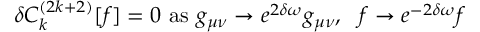
\delta C _ { k } ^ { ( 2 k + 2 ) } [ f ] = 0 \mathrm { ~ a s ~ } g _ { \mu \nu } \rightarrow e ^ { 2 \delta \omega } g _ { \mu \nu } , \: \: \: f \rightarrow e ^ { - 2 \delta \omega } f